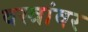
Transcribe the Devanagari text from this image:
वस्त्रांवर